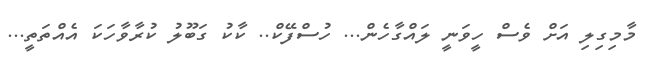
މާމިގިލި އަށް ވެސް ހީވަނީ ލައްގާހެން... ހުސްފޭކް.. ކާކު ގަބޫލު ކުރާވާހަކަ އެއްތަތީ...